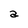
Character: a